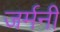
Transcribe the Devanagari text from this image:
जर्मनीं